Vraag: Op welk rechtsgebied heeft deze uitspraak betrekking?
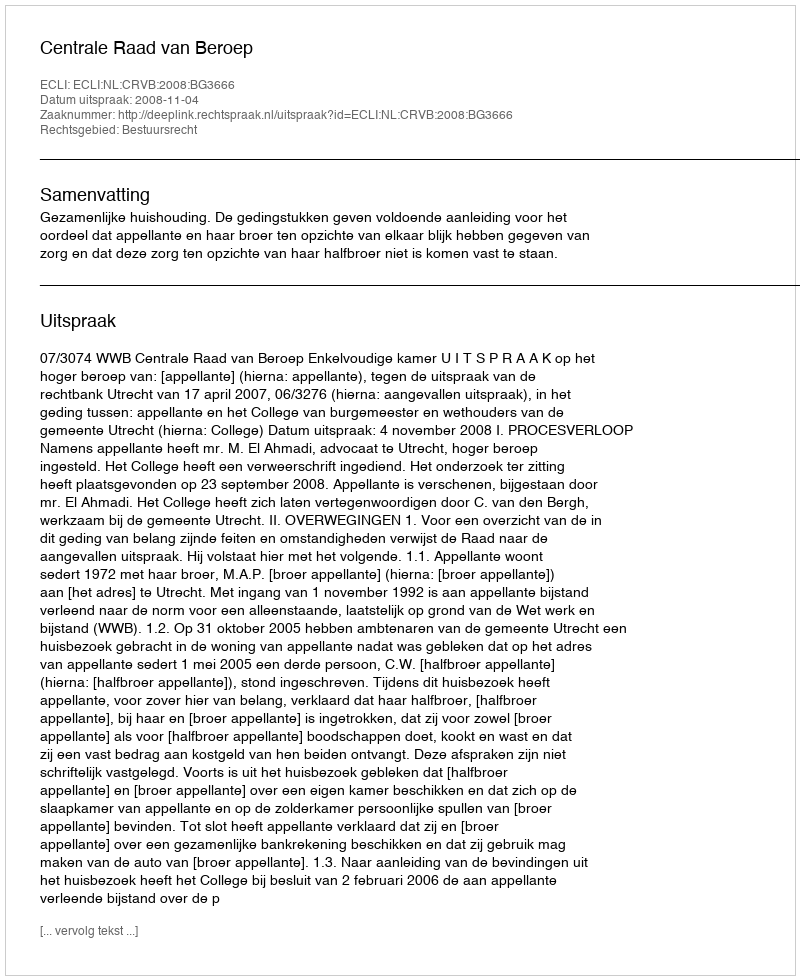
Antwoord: Bestuursrecht